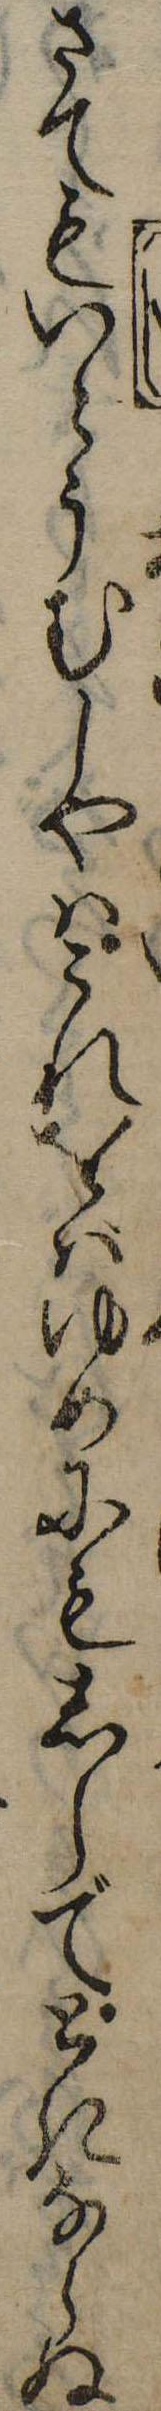
さてもいとうむしやはこれをばゆめにもしらでときならぬ